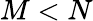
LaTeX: M<N